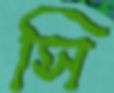
সি